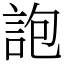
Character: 䛌